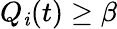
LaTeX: Q_{\mathit{i}}(t)\geq\beta